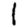
Digit: 1